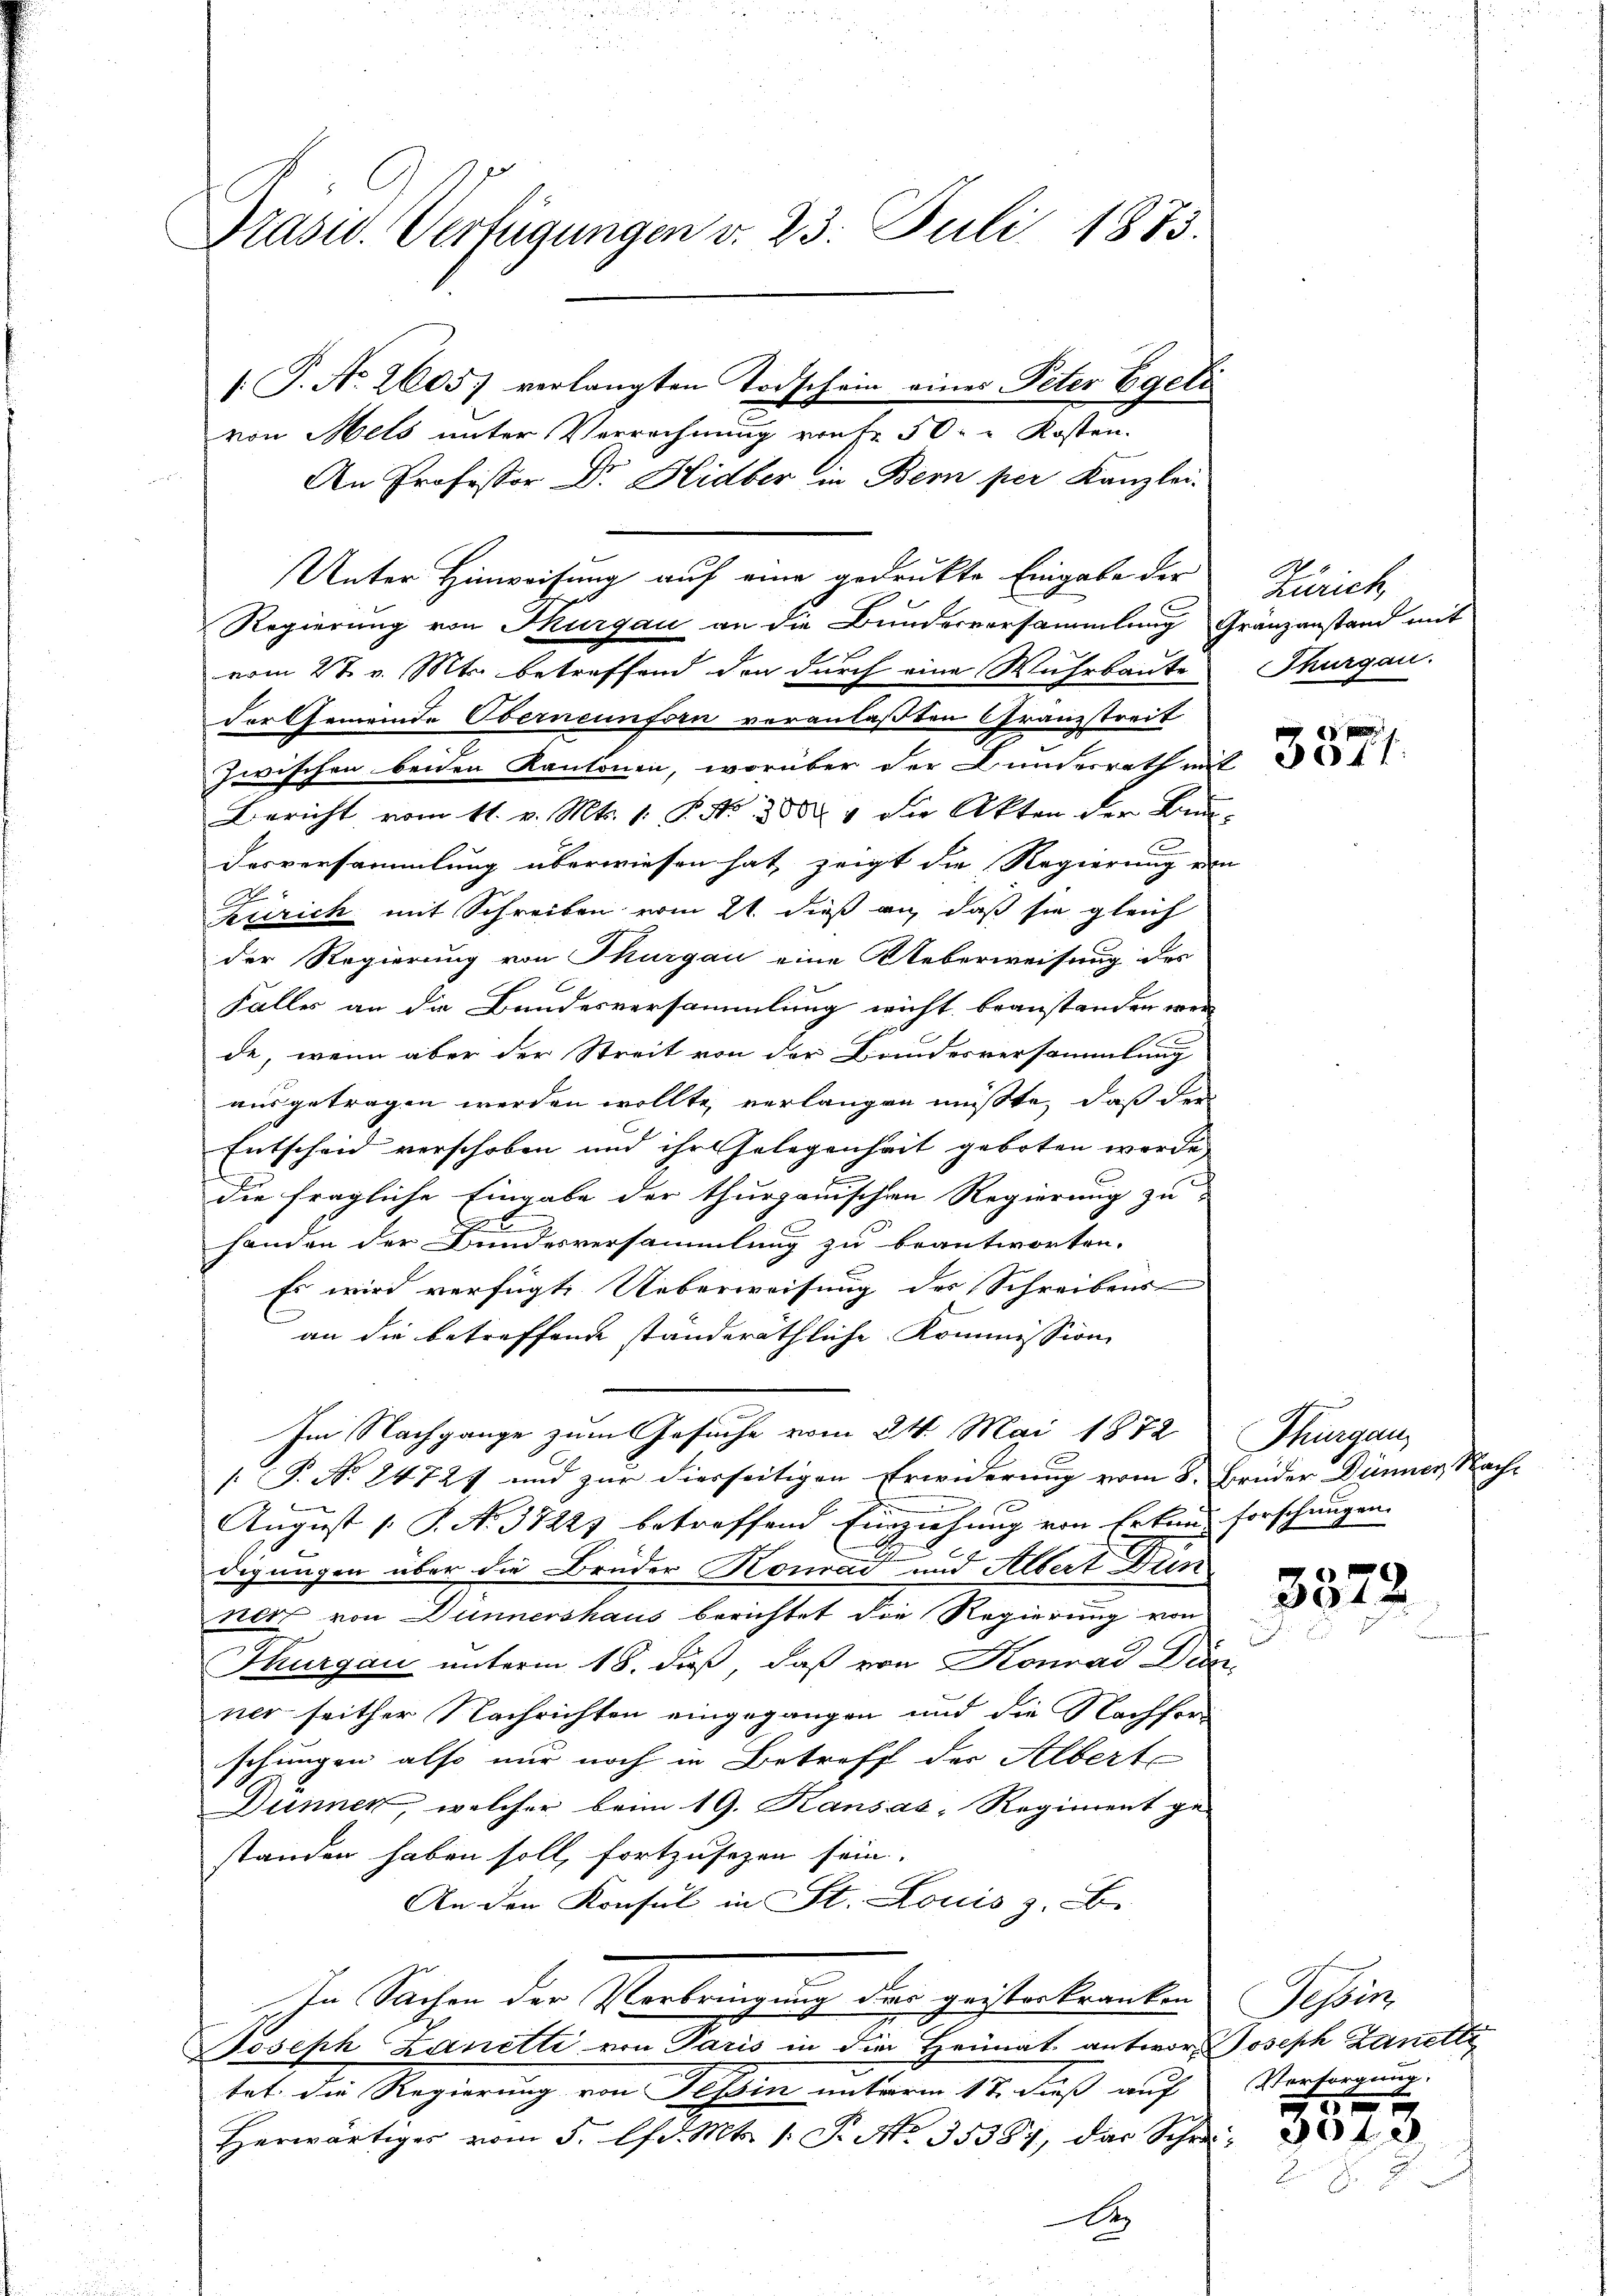
Präsid. Verfügungen v. 23. Juli 1883.
/: P. No. 2605) verlangten Todschein eines Peter Egeli
von Mels unter Verrechnung von Fr. 50. Kosten.

Unter Hinweisung auf eine gedruckte Eingabe der
Regierung von Thurgau an die Bunderversammlung Gränzanstand mit
vom 27. v. Mts. betreffend den durch eine Wuhrbaute
der Gemeinde Oberneunforn veranlaßten Granzstreit
zwischen beiden Kantonen, worüber der Bundesrath mit
Bericht vom 11. v. Mts. 1. P. No 308 4 die Akten der Bund
desversammlung überwiesen hat, zeigt die Regierung ein |
Zürich mit Schreiben vom 21. dieß an, daß sie gleich
der Regierung von Thurgau eine Ueberweisung des
Falles an die Bundesversammlung nicht beanstanden wer
de, wenn aber der Streit von der Bandesversammlung
ausgetragen werden wollte, verlangen müßte, daß der
Entscheid verschoben und ihr Gelegenheit geboten werde
die fragliche Eingabe der thurgauischen Regierung zu
handen der Bundesversammlung zu beantworten.
Es wird verfügte Ueberweisung des Schreibens
an die betreffende ständeräthliche Kommission
Im Nachgange zum Gesuche vom 24. Mai 1872
[ P. No. 24727 und zur dierseitigen Erwiderung vom 8. Bruder Dünner Nach-
August 1. P. No. 37227 betreffend Einziehung von Erkung forschungen.
digungen über die Brüder Konrad und Albert Dun
ner von Dunnershaus berichtet die Regierung von
Thurgau unterm 18. Fuß, daß von Konrad Dein
ner seither Nachrichten eingegangen und die Nachforschungen also nur noch in Betreff der Alberte
Dunnen, welcher beim 19. Kansas, Regiment ge-
standen haben soll, fortzusezen sein.
An den Konsul in St. Louis z. B.
Ihn Sachen der Verbringung der geisterkranken
Joseph Zanetti von Paris in die Heimat antwort Joseph Zanelle
tet die Regierung von Tessin unterm 17. dieß auf
Herwärtiges vom 5. lfd. Mts. 1 S. No. 35387, das Schreie

An Professor Dr. Hidber in Bern per Kanzlei-

Zürich,
Thurgau.

2 80 ff.

Thurgau

3572

Tessin.
Versorgung.

x
3040